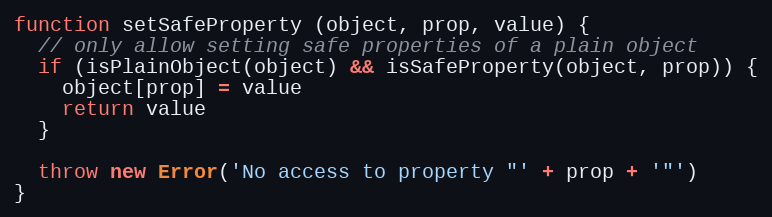
Language: JavaScript
function setSafeProperty (object, prop, value) {
  // only allow setting safe properties of a plain object
  if (isPlainObject(object) && isSafeProperty(object, prop)) {
    object[prop] = value
    return value
  }

  throw new Error('No access to property "' + prop + '"')
}